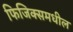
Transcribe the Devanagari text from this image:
फिजिक्समधील